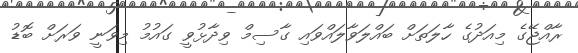
ރާއްޖޭގެ މިއަދުގެ ހާލަތަށް ބައްލަވާލައްވައި ގާސިމް ވިދާޅުވީ ގައުމު މިވަނީ ވަރަށް ބޮޑު